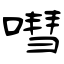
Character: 嘒